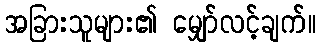
အခြားသူများ၏ မျှော်လင့်ချက်။